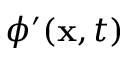
\phi ^ { \prime } ( \mathbf { x } , t )